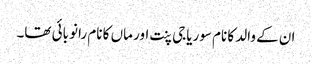
ان کے والد کا نام سوریاجی پنت اور ماں کا نام رانو بائی تھا۔